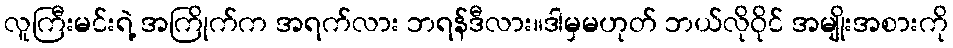
လူကြီးမင်းရဲ့ အကြိုက်က အရက်လား ဘရန်ဒီလား။ဒါမှမဟုတ် ဘယ်လိုဝိုင် အမျိုးအစားကို